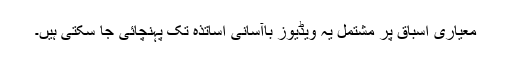
معیاری اسباق پر مشتمل یہ ویڈیوز باآسانی اساتذہ تک پہنچائی جا سکتی ہیں۔